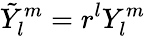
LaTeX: \tilde{Y}_{l}^{m}=r^{l}Y_{l}^{m}